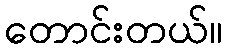
တောင်းတယ်။